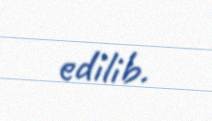
edilib.